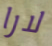
لارا